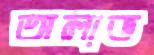
অলাভ